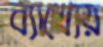
ব্যাখ্যেয়